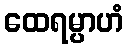
ထေရမ္ပာဟံ